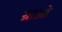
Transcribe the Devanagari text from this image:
ग्राओ